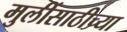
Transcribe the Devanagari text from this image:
मुलींसाठीच्या